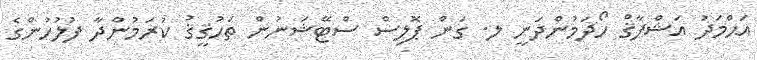
އަޙްމަދު އަޝްފާޤް ހޯދަމުންދަނީ ލ. ގަން ޕޮލިސް ސްޓޭޝަނުން ތަހުޤީޤު ކުރަމުންދާ ފުލުހުންގެ